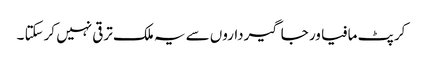
کرپٹ مافیا ور جاگیرداروں سے یہ ملک ترقی نہیں کرسکتا ۔